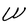
Character: W